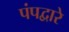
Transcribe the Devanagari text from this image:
पंपद्वारे